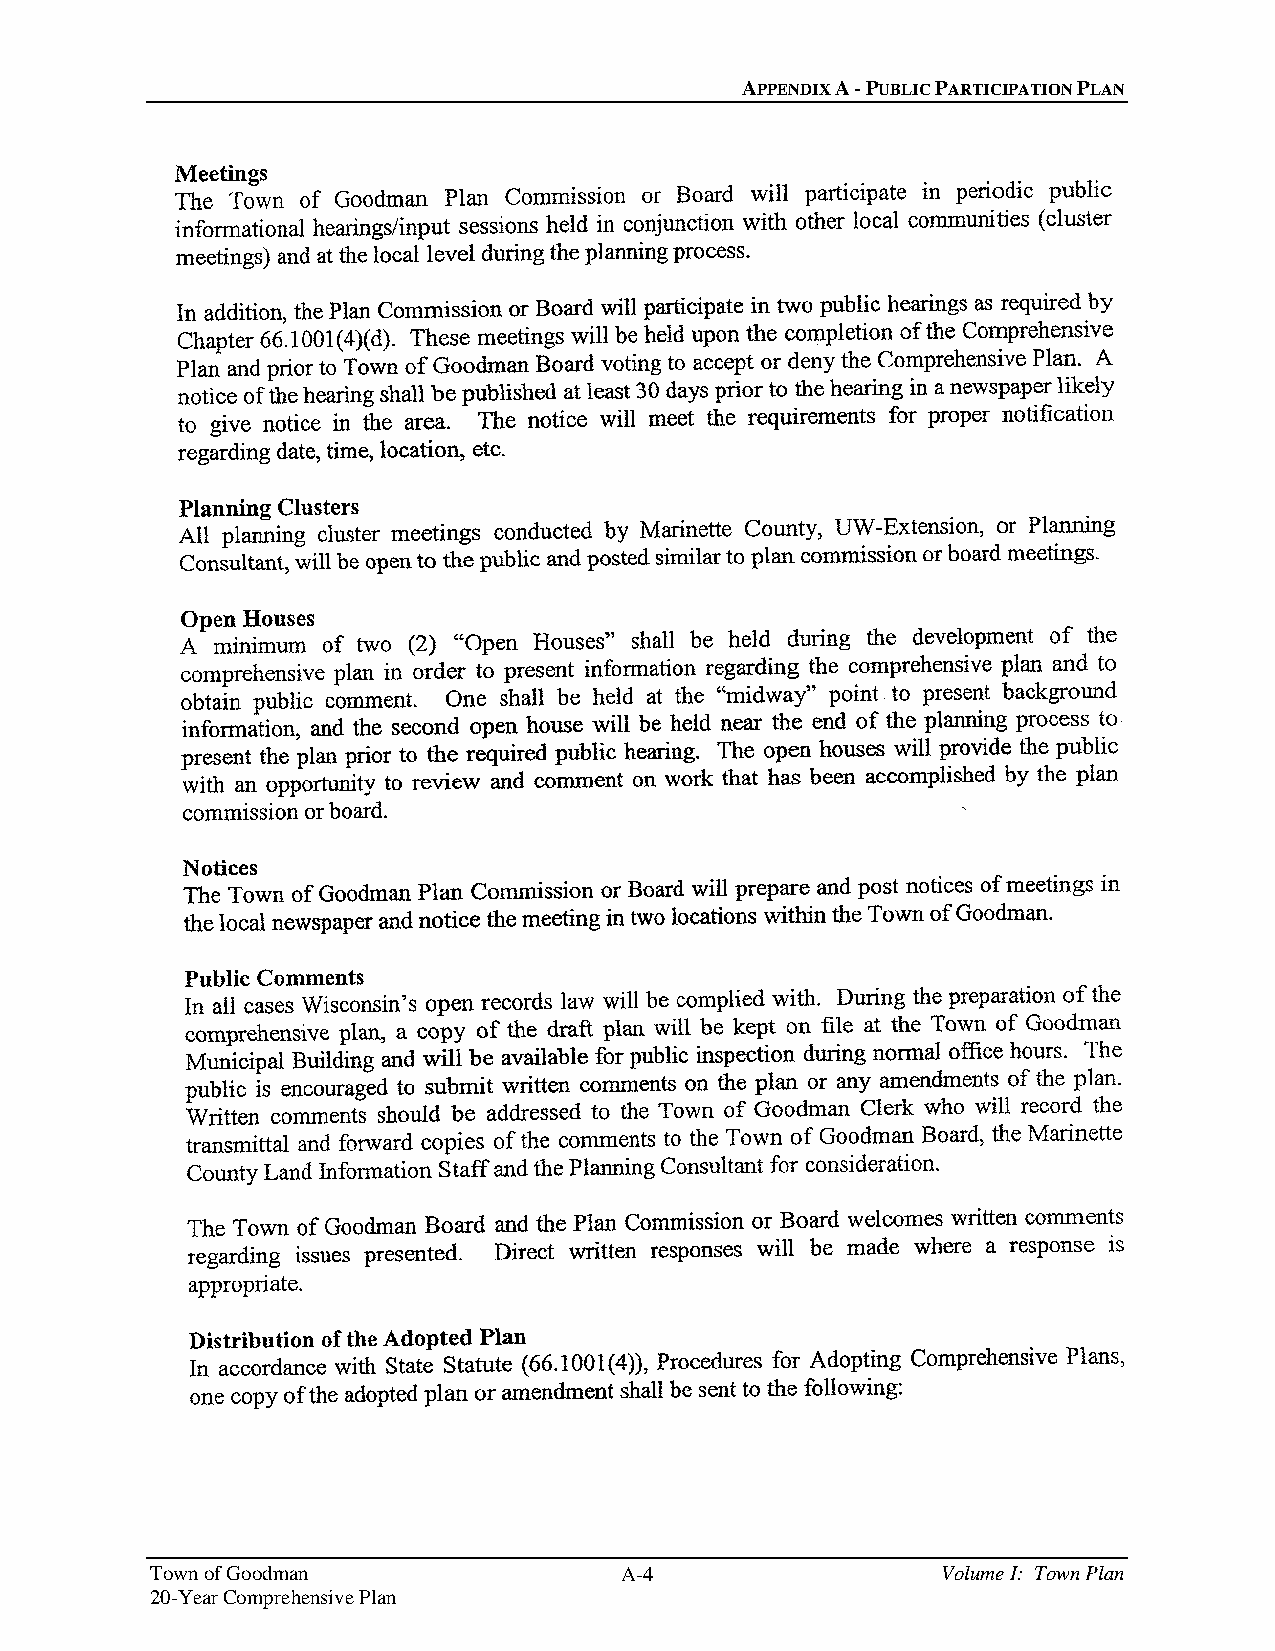
APPENDIX A - PUBLIC PARTICIPATION PLAN
 Town of Goodman                A-4                  Volume I: Town Plan
 20-Year Comprehensive Plan